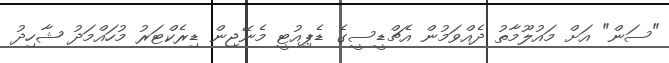
"ސަން" އަށް މައުލޫމާތު ދެއްވަމުން އެޗްޑީސީގެ ޑެޕިއުޓީ މެނޭޖިން ޑިރެކްޓަރު މުހައްމަދު ޝާހިދު